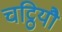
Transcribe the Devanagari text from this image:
चट्ठियौ